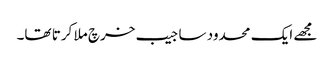
مجھے ایک محدود سا جیب خرچ ملا کرتا تھا۔